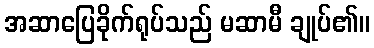
အဆာပြေခိုက်ရုပ်သည် မဆာမီ ချုပ်၏။